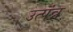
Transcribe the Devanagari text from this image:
उत्पंन्न